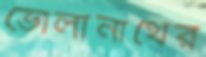
ভোলানাথের